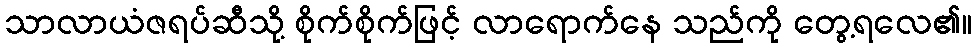
သာလာယံဇရပ်ဆီသို့ စိုက်စိုက်ဖြင့် လာရောက်နေ သည်ကို တွေ့ရလေ၏။